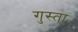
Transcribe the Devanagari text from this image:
गुस्ता